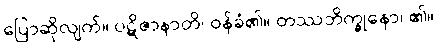
ပြောဆိုလျက်။ ပဋိဇာနာတိ၊ ဝန်ခံ၏။ တဿဘိက္ခုနော၊ ၏။